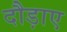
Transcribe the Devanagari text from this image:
दौड़ाए